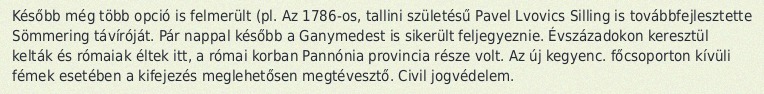
Később még több opció is felmerült (pl. Az 1786-os, tallini születésű Pavel Lvovics Silling is továbbfejlesztette Sömmering távíróját. Pár nappal később a Ganymedest is sikerült feljegyeznie. Évszázadokon keresztül kelták és rómaiak éltek itt, a római korban Pannónia provincia része volt. Az új kegyenc. főcsoporton kívüli fémek esetében a kifejezés meglehetősen megtévesztő. Civil jogvédelem.